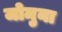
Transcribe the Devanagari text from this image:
जोमुना